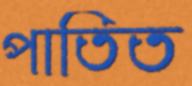
পাতিত